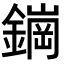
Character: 𬬀